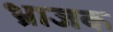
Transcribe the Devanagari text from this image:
भ्राजक